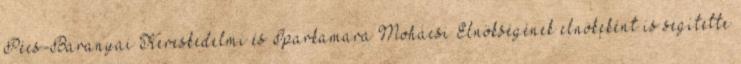
Pécs-Baranyai Kereskedelmi és Iparkamara Mohácsi Elnökségének elnökeként is segítette